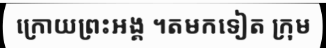
ក្រោយព្រះអង្គ ។តមកទៀត ក្រុម